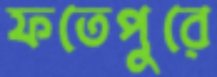
ফতেপুরে